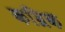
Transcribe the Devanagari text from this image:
कब्रिक